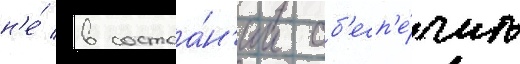
н'е́ в состоа́н'ии об'есп'е́чить